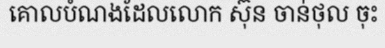
គោលបំណងដែលលោក ស៊ុន ចាន់ថុល ចុះ